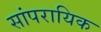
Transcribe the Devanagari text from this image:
सांपरायिक